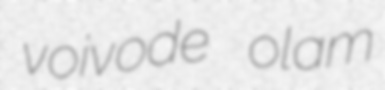
voivode olam